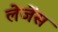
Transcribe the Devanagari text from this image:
लेजेंस